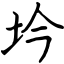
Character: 坅